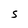
Character: S